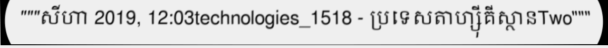
"""សីហា 2019, 12:03technologies_1518 - ប្រទេសតាហ្ស៊ីគីស្ថានTwo"""